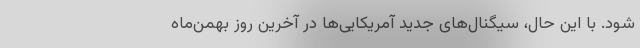
شود. با این حال، سیگنال‌های جدید آمریکایی‌ها در آخرین روز بهمن‌ماه‌